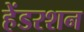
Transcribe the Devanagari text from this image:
हेंडरशन